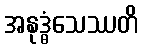
အနုဒ္ဓံသေဿတိ